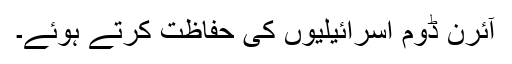
آئرن ڈوم اسرائیلیوں کی حفاظت کرتے ہوئے۔